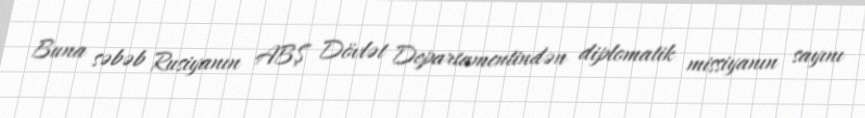
Buna səbəb Rusiyanın ABŞ Dövlət Departamentindən diplomatik missiyanın sayını